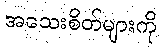
အသေးစိတ်များကို